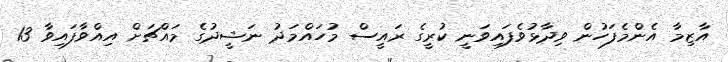
އާޒިމާ އެންމެފަހުން ވިދާޅުވެފައިވަނީ ކުރީގެ ރައީސް މުހައްމަދު ނަޝީދުގެ މައްޗަށް އިއްވާފައިވާ 13